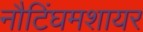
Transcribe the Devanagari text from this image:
नौटिंघमशायर